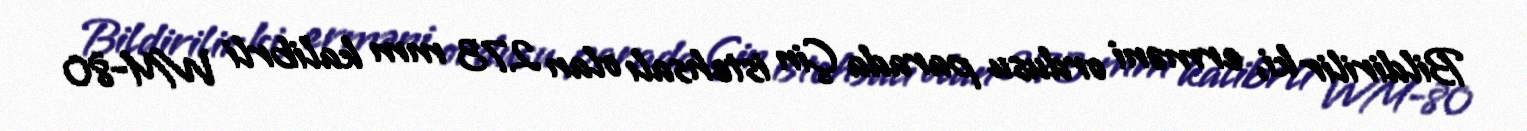
Bildirilir ki, erməni ordusu parada Çin istehsalı olan 273 mm kalibrli WM-80